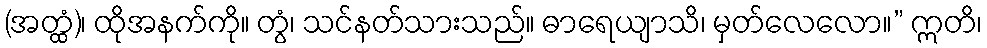
(အတ္ထံ)၊ ထိုအနက်ကို။ တွံ၊ သင်နတ်သားသည်။ ဓာရေယျာသိ၊ မှတ်လေလော။” ဣတိ၊